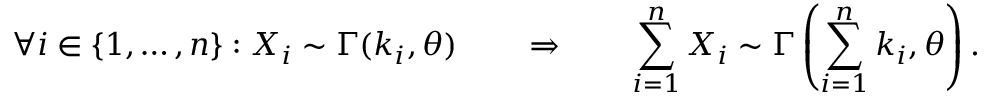
\forall i \in \{ 1 , \ldots , n \} : X _ { i } \sim \Gamma ( k _ { i } , \theta ) \qquad \Rightarrow \qquad \sum _ { i = 1 } ^ { n } X _ { i } \sim \Gamma \left( \sum _ { i = 1 } ^ { n } k _ { i } , \theta \right) .